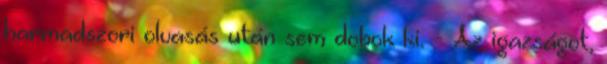
harmadszori olvasás után sem dobok ki. - Az igazságot,